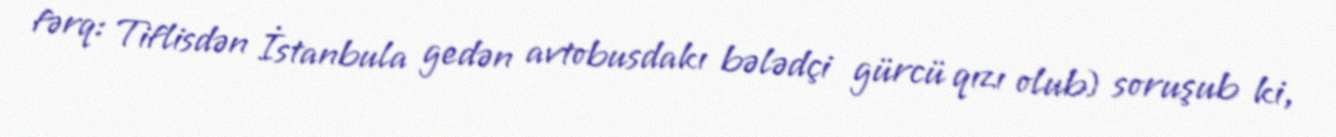
fərq: Tiflisdən İstanbula gedən avtobusdakı bələdçi gürcü qızı olub) soruşub ki,